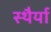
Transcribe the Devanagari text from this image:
स्थैर्या